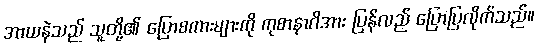
အာယနဲသည် သူတို့၏ ပြောစကားများကို ကုစာနာဂိအား ပြန်လည် ပြောပြလိုက်သည်။